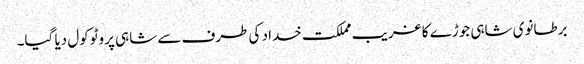
برطانوی شاہی جوڑے کا غریب مملکت خداد کی طرف سے شاہی پروٹوکول دیا گیا۔